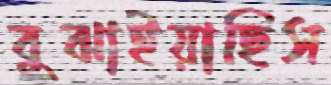
বুঝাইয়াছিস